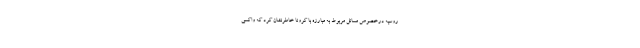
روسیه درخصوص مسائل مربوط به مبارزه با کرونا خاطرنشان کرد که واکسی